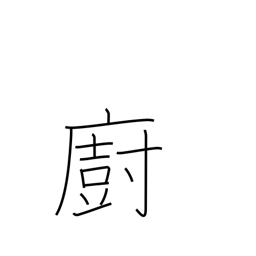
Meaning: kitchen